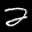
Label: 2